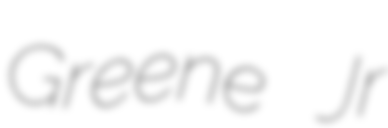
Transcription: Greene Jr